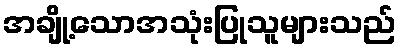
အချို့သောအသုံးပြုသူများသည်